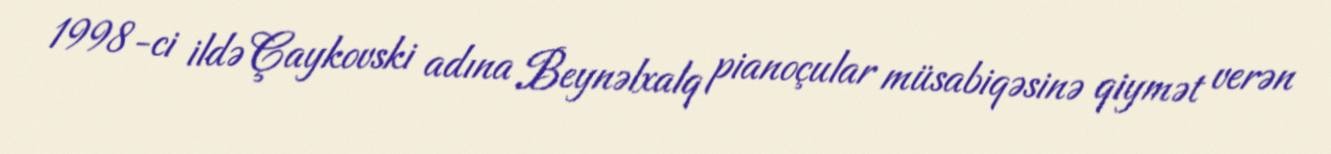
1998-ci ildə Çaykovski adına Beynəlxalq pianoçular müsabiqəsinə qiymət verən